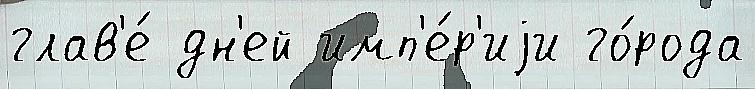
глав'е́ дн'ей имп'е́р'иjи го́рода